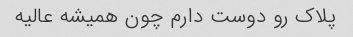
پلاک رو دوست دارم چون همیشه عالیه